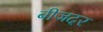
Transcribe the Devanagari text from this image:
बीजदर